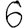
Digit: 6